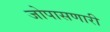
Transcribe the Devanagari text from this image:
जोपासणारी